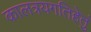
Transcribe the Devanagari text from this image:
कालत्रयगतिहेतुं